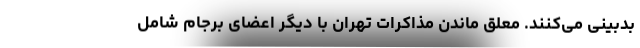
بدبینی می‌کنند. معلق ماندن مذاکرات تهران با دیگر اعضای برجام شامل